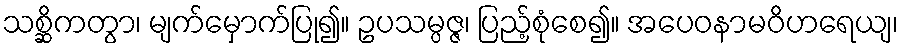
သစ္ဆိကတွာ၊ မျက်မှောက်ပြု၍။ ဥပသမ္ပဇ္ဇ၊ ပြည့်စုံစေ၍။ အပေဝနာမဝိဟရေယျ၊